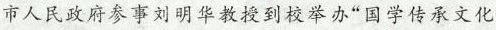
市人民政府参事刘明华教授到校举办“国学传承文化